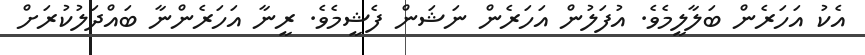
އެކު އަހަރެން ބަލާލީމެވެ. އުފަލުން އަހަރެން ނަޝަން ފެޝީމެވެ. ރީނާ އަހަރެންނާ ބައްދަލުކުރަށް